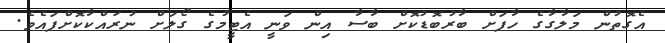
އެގޮތުން މަލާގާގެ ހާފަށް ބާރުބޮޑުކޮށް ބާސާ އިން ވަނީ އެޓީމުގެ ގޯލަށް ނުރައްކާކޮށްފައެވެ.